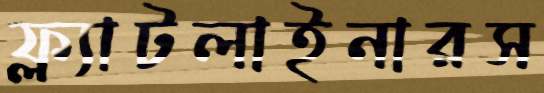
ফ্ল্যাটলাইনারস